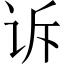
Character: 诉